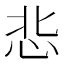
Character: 𢘠